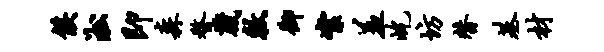
侯淞即森瞀葳敕御絮羞屹坊替基材